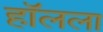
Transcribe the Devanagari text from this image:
हॉलला